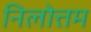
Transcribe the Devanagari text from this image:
निलोत्तम